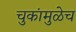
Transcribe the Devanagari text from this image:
चुकांमुळेच